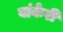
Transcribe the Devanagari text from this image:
वांकेरी